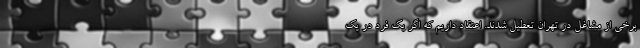
برخی از مشاغل در تهران تعطیل شدند. اعتقاد داریم که اگر یک فرد در یک